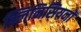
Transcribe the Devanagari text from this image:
क्लिनिसियनों